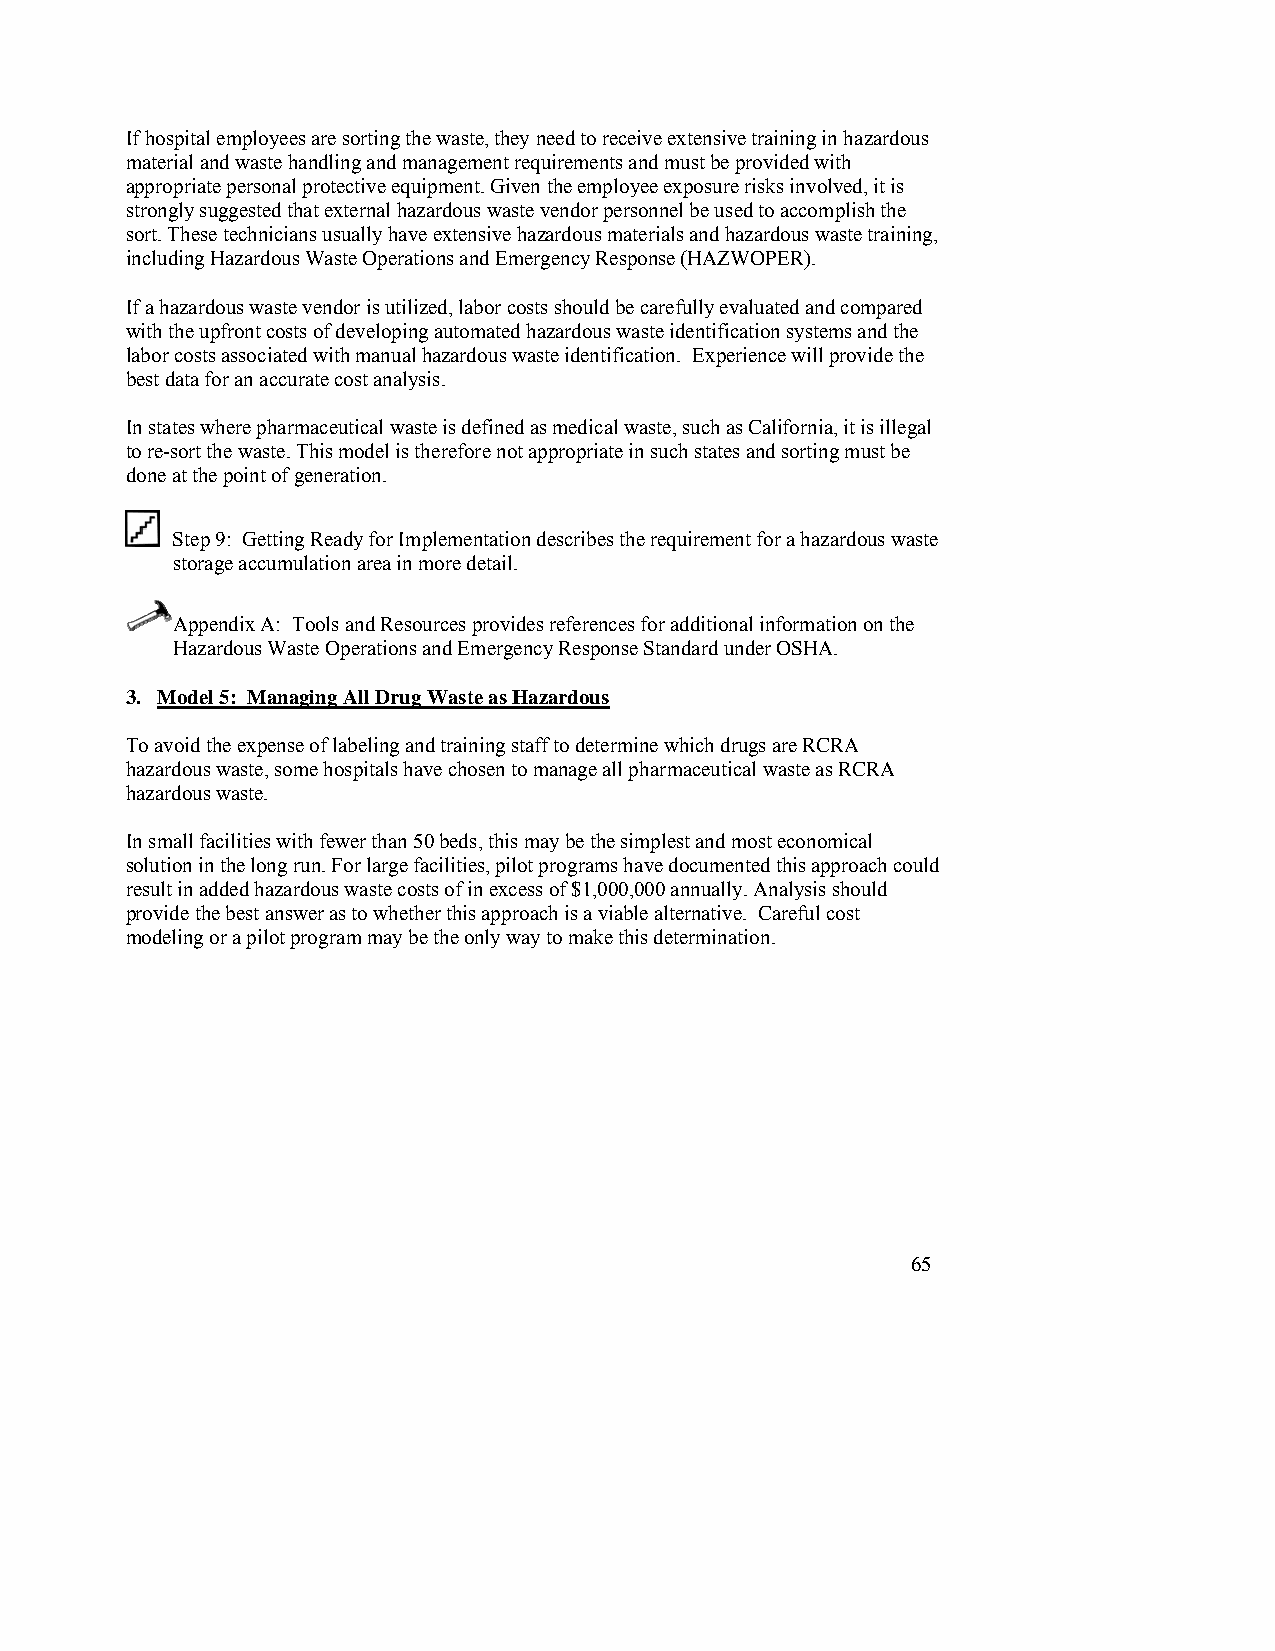
If hospital employees are sorting the waste, they need to receive extensive training in hazardous
 material and waste handling and management requirements and must be provided with
 appropriate personal protective equipment. Given the employee exposure risks involved, it is
 strongly suggested that external hazardous waste vendor personnel be used to accomplish the
 sort. These technicians usually have extensive hazardous materials and hazardous waste training,
 including Hazardous Waste Operations and Emergency Response (HAZWOPER).
 If a hazardous waste vendor is utilized, labor costs should be carefully evaluated and compared
 with the upfront costs of developing automated hazardous waste identification systems and the
 labor costs associated with manual hazardous waste identification. Experience will provide the
 best data for an accurate cost analysis.
 In states where pharmaceutical waste is defined as medical waste, such as California, it is illegal
 to re-sort the waste. This model is therefore not appropriate in such states and sorting must be
 done at the point of generation.
 Step 9: Getting Ready for Implementation describes the requirement for a hazardous waste
 storage accumulation area in more detail.
 Appendix A: Tools and Resources provides references for additional information on the
 Hazardous Waste Operations and Emergency Response Standard under OSHA.
 3. Model 5: Managing All Drug Waste as Hazardous
 To avoid the expense of labeling and training staff to determine which drugs are RCRA
 hazardous waste, some hospitals have chosen to manage all pharmaceutical waste as RCRA
 hazardous waste.
 In small facilities with fewer than 50 beds, this may be the simplest and most economical
 solution in the long run. For large facilities, pilot programs have documented this approach could
 result in added hazardous waste costs of in excess of $1,000,000 annually. Analysis should
 provide the best answer as to whether this approach is a viable alternative. Careful cost
 modeling or a pilot program may be the only way to make this determination.
 65